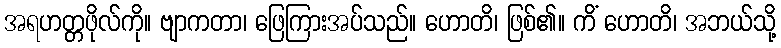
အရဟတ္တဖိုလ်ကို။ ဗျာကတာ၊ ဖြေကြားအပ်သည်။ ဟောတိ၊ ဖြစ်၏။ ကိံ ဟောတိ၊ အဘယ်သို့